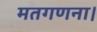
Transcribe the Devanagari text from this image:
मतगणना।